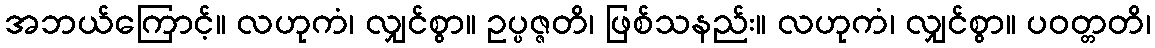
အဘယ်ကြောင့်။ လဟုကံ၊ လျှင်စွာ။ ဥပ္ပဇ္ဇတိ၊ ဖြစ်သနည်း။ လဟုကံ၊ လျှင်စွာ။ ပဝတ္တတိ၊